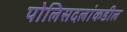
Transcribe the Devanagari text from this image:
पोलिसदलांकडील